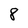
Character: 8